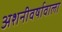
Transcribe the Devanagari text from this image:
अशनीवर्षावाला